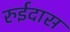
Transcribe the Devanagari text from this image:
रुईदास